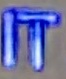
IT